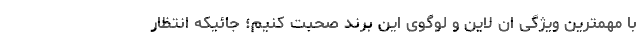
با مهمترین ویژگی ان لاین و لوگوی این برند صحبت کنیم؛ جائیکه انتظار